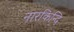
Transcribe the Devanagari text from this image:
नारकिन्दि